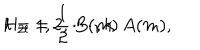
H _ { 2 l } = \frac { 1 } { 2 } \, B ( m ) \, A ( m ) , \hspace { 1 . 4 i n } l = 1 , 2 , \cdots , k .